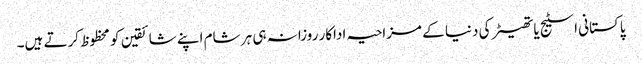
پاکستانی اسٹیج یا تھیٹر کی دنیا کے مزاحیہ اداکار روزانہ ہی ہر شام اپنے شائقین کو محظوظ کرتے ہیں۔